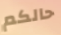
حالكم